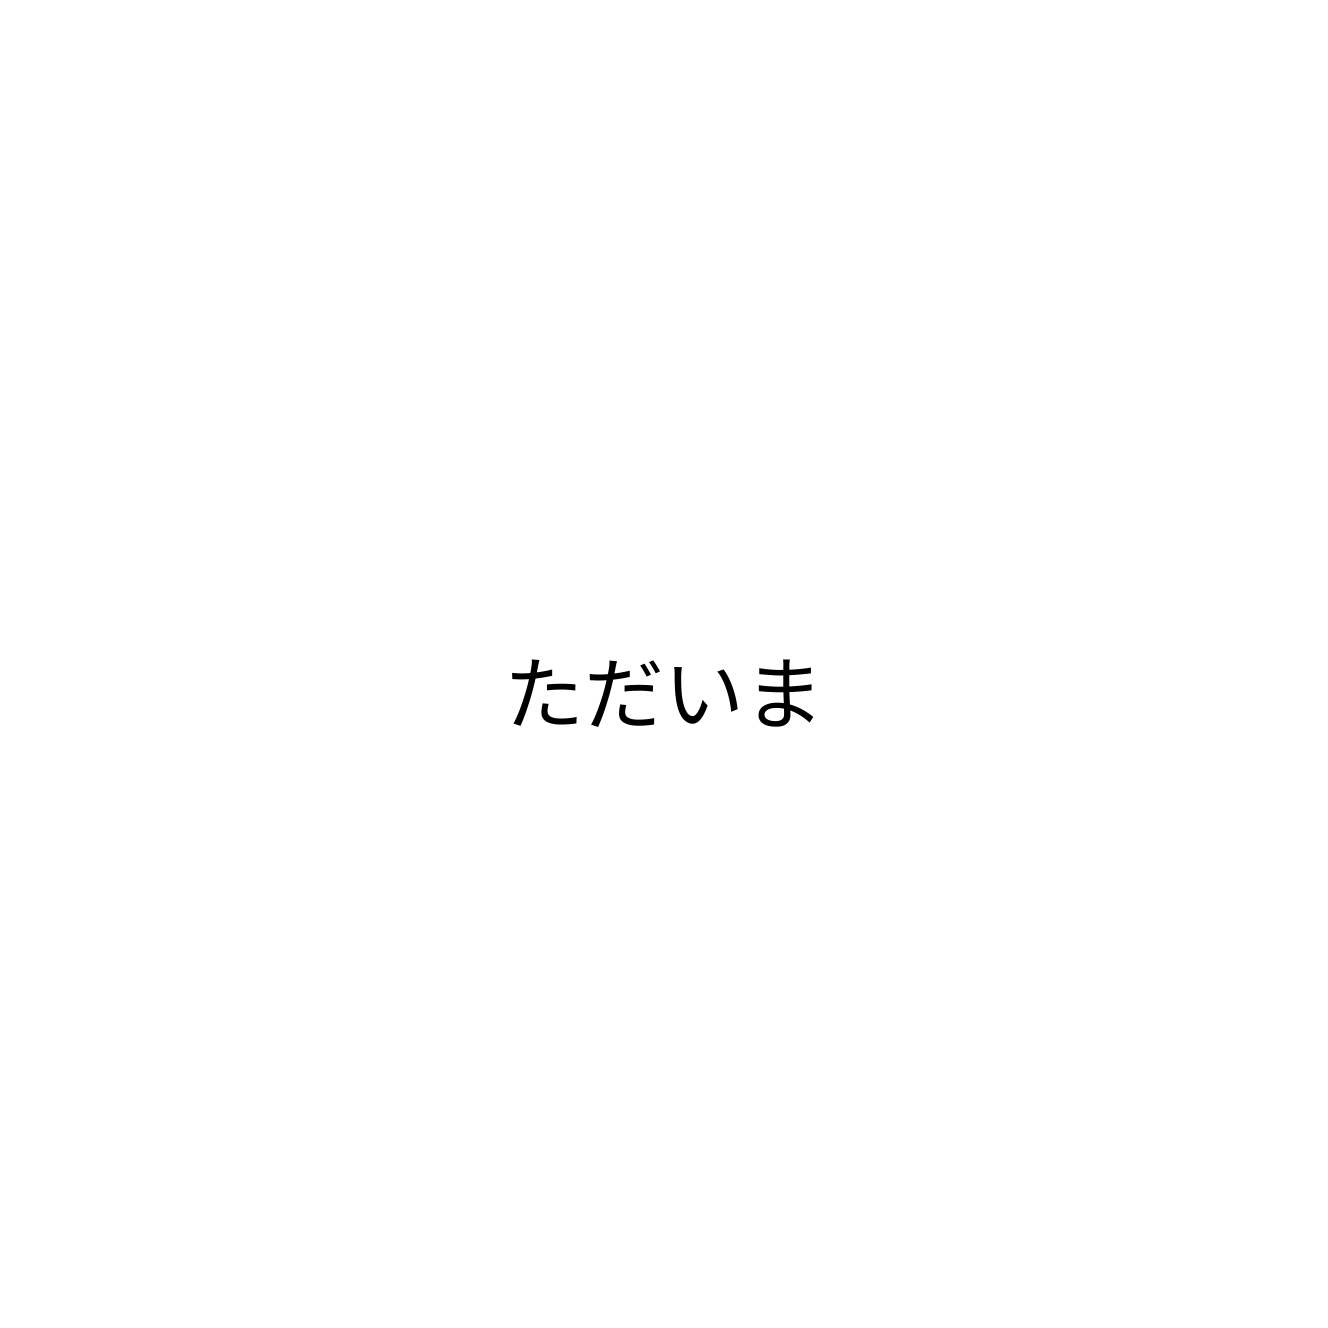
ただいま